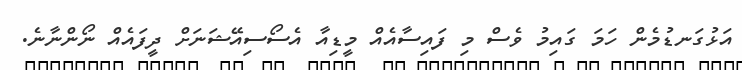
އަޅުގަނޑުމެން ހަމަ ގައިމު ވެސް މި ފައިސާއެއް މީޑިއާ އެސޯސިއޭޝަނަށް ދީފައެއް ނޯންނާނެ.